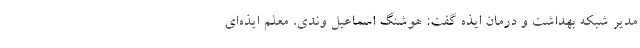
مدیر شبکه بهداشت و درمان ایذه گفت: هوشنگ اسماعیل وندی، معلم ایذه‌ای